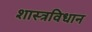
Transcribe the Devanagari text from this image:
शास्त्रविधान